Account of plague administration in the Bombay Presidency from September 1896 till May 1897
Year: 1896
Disease focus: Plague
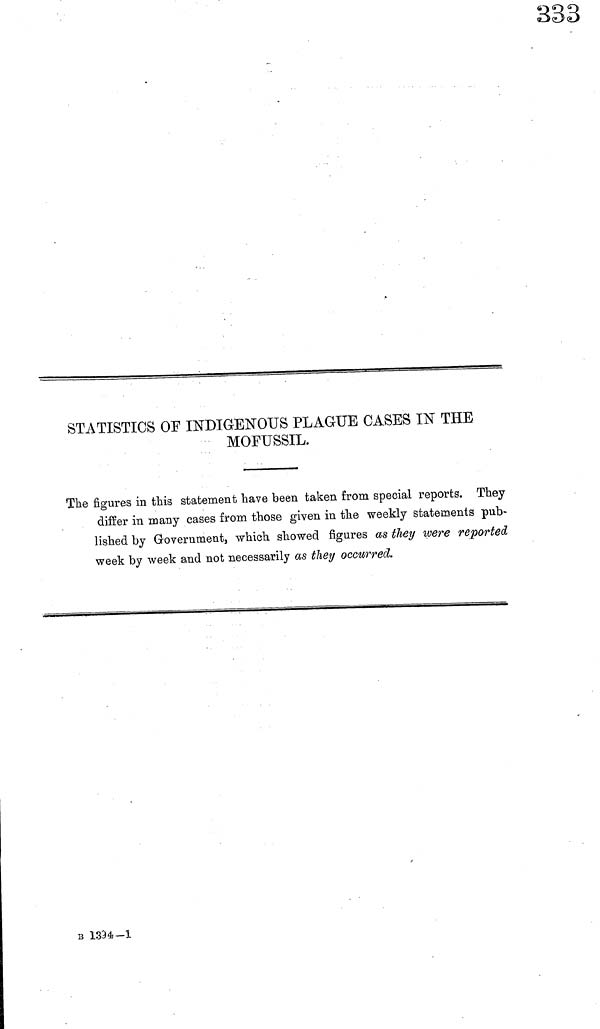
STATISTICS OF INDIGENOUS PLAGUE CASES IN THE
MOFUSSIL.
The figures in this statement have been taken from special reports. They
differ in many cases from those given in the weekly statements pub-
lished by Government, which showed figures as they were reported
week by week and not necessarily as they occurred.
B I394-1